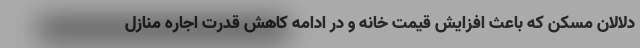
دلالان مسکن که باعث افزایش قیمت خانه و در ادامه کاهش قدرت اجاره منازل